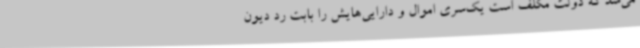
می‌شد که دولت مکلف است یک‌سری اموال و دارایی‌هایش را بابت رد دیون